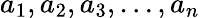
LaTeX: a_{1},a_{2},a_{3},\ldots,a_{n}